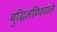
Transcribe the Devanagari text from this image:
बुद्धिलब्धिवाले